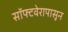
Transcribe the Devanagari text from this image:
सॉफ्टवेरापासून